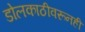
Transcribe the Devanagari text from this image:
डोलकाठीवरूनही